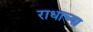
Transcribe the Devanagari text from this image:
राधाच्या